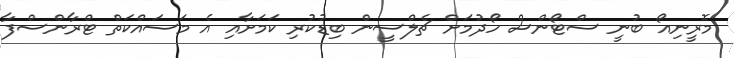
މޮރީނިއޯ ބުނީ ސްޓޯންސް ހޯދުމަށް ޗެލްސީން ބިޑުކުރި ކަމަށާއި އެ މަސައްކަތް ޓްރާންސްފާ